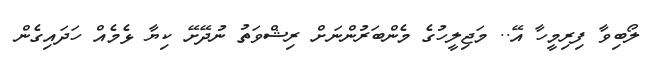
ލޯބިވާ ފިރިމީހާ އޭ.. މަޖިލީހުގެ މެންބަރުންނަށް ރިޝްވަތު ނުދޭށޭ ކިޔާ ޅެމެއް ހަދައިގެން